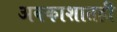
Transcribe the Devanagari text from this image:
अवकाशातही